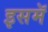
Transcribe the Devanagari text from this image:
इसमॅ